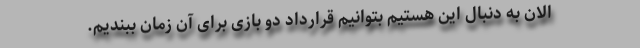
الان به دنبال این هستیم بتوانیم قرارداد دو بازی برای آن زمان ببندیم.